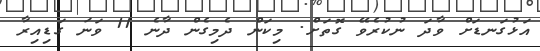
އަޅުގަަނޑަށް ވާދަ ނުކުރެވޭ ގޮތަށް. މިކަން ދެމިގެން ދާނެ 11 ވަނަ ގަޑިއިރާ